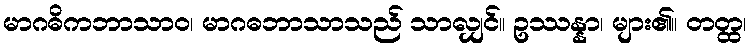
မာဂဓိကဘာသာဝ၊ မာဂဓဘာသာသည် သာလျှင်။ ဥဿန္နာ၊ များ၏။ တတ္ထ၊